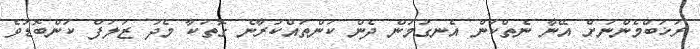
ރަޚަބްމެންނަށް އޭނާ ނެތްކަން އެނގުމުން ދެން ކަންތައްކުރާނެ ގޮތަކާ މެދު ޒަލަފް ކަންބޮޑުވެ